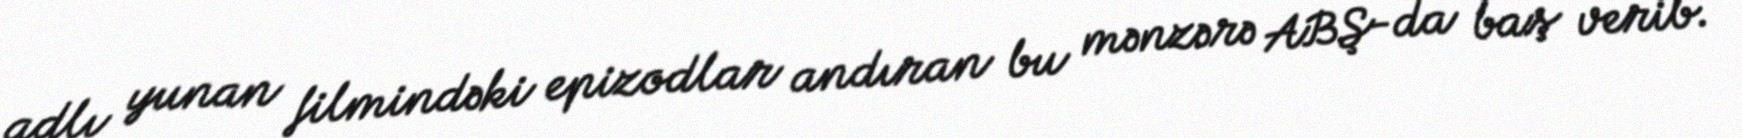
adlı yunan filmindəki epizodlar andıran bu mənzərə ABŞ-da baş verib.